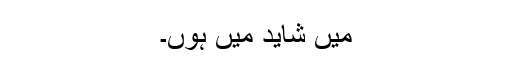
میں شاید میں ہوں۔